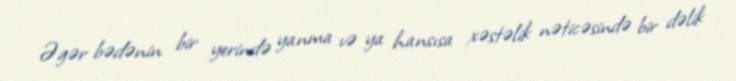
Əgər bədənin bir yerində yanma və ya hansısa xəstəlik nəticəsində bir dəlik